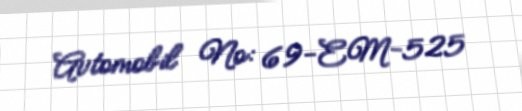
Avtomobil №: 69-EM-525